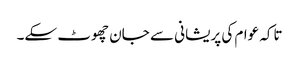
تاکہ عوام کی پریشانی سے جان چھوٹ سکے۔